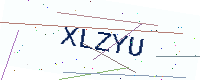
Text: XLZYU